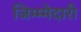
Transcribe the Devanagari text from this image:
जिम्म्मेदारी